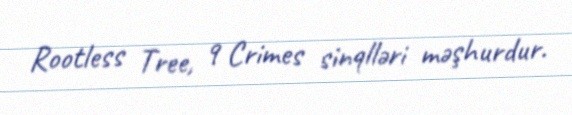
Rootless Tree, 9 Crimes sinqlləri məşhurdur.